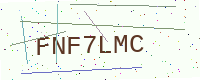
Text: FNF7LMC